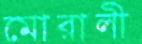
মোরালী